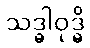
သဒ္ဓါဝုဒ္ဓိ